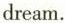
dream.